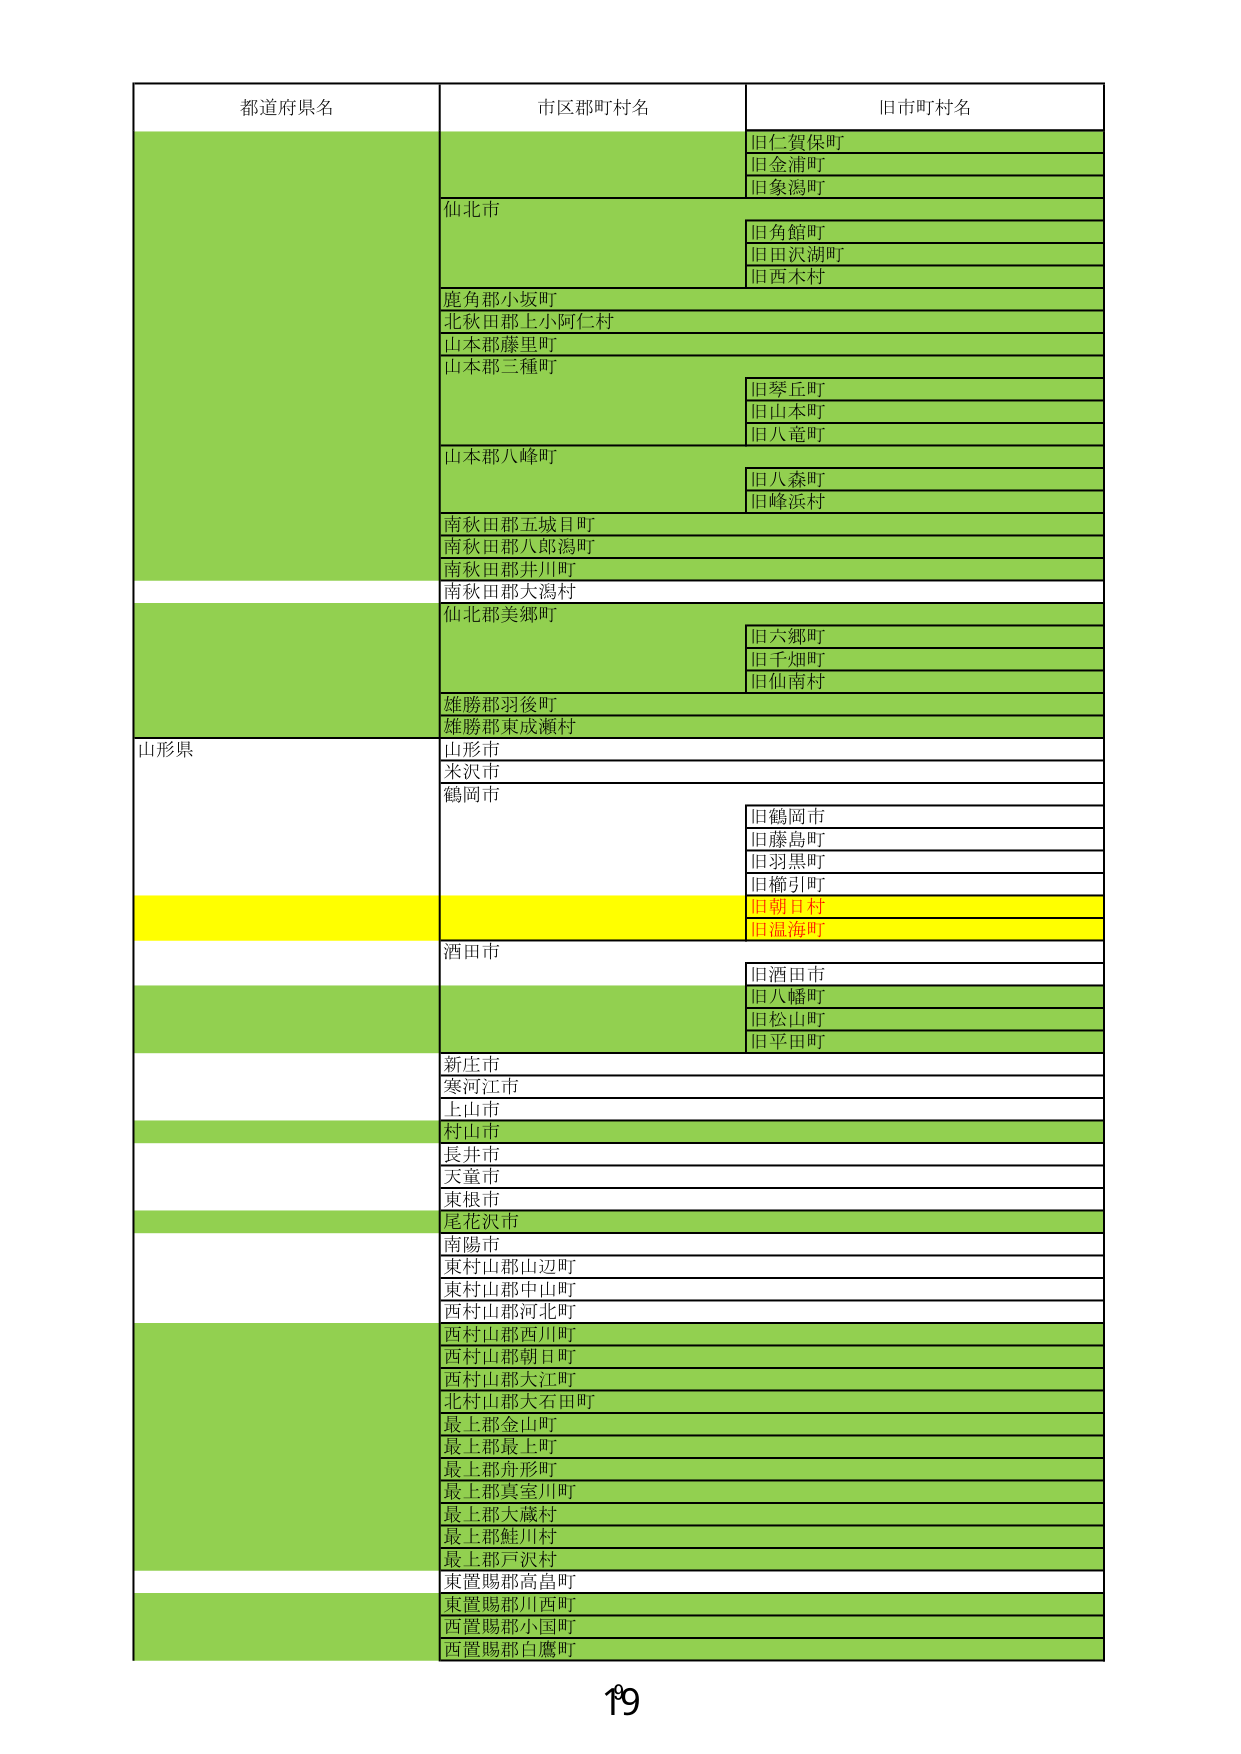
都道府県名
市区郡町村名
旧市町村名
旧仁賀保町
旧金浦町
旧象潟町
仙北市
旧角館町
旧田沢湖町
旧西木村
鹿角郡小坂町
北秋田郡上小阿仁村
山本郡藤里町
山本郡三種町
旧琴丘町
旧山本町
旧八竜町
山本郡八峰町
旧八森町
旧峰浜村
南秋田郡五城目町
南秋田郡八郎潟町
南秋田郡井川町
南秋田郡大潟村
仙北郡美郷町
旧六郷町
旧千畑町
旧仙南村
雄勝郡羽後町
雄勝郡東成瀬村
山形県
山形市
米沢市
鶴岡市
旧鶴岡市
旧藤島町
旧羽黒町
旧櫛引町
旧朝日村
旧温海町
酒田市
旧酒田市
旧八幡町
旧松山町
旧平田町
新庄市
寒河江市
上山市
村山市
長井市
天童市
東根市
尾花沢市
南陽市
東村山郡山辺町
東村山郡中山町
西村山郡河北町
西村山郡西川町
西村山郡朝日町
西村山郡大江町
北村山郡大石田町
最上郡金山町
最上郡最上町
最上郡舟形町
最上郡真室川町
最上郡大蔵村
最上郡鮭川村
最上郡戸沢村
東置賜郡高畠町
東置賜郡川西町
西置賜郡小国町
西置賜郡白鷹町
19